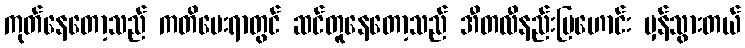
ကုတ်နေတော့သည် ကတိပေးရာတွင် ဆင်တူနေတော့သည် အီတလီနည်းပြဟောင်း မှန်သွားတယ်